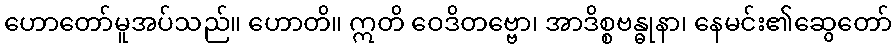
ဟောတော်မူအပ်သည်။ ဟောတိ။ ဣတိ ဝေဒိတဗ္ဗော၊ အာဒိစ္စဗန္ဓုနာ၊ နေမင်း၏ဆွေတော်